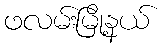
ဖလမ်းမြို့နယ်